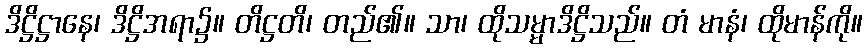
ဒိဋ္ဌိဋ္ဌာနေ၊ ဒိဋ္ဌိအရာ၌။ တိဋ္ဌတိ၊ တည်၏။ သာ၊ ထိုသမ္မာဒိဋ္ဌိသည်။ တံ မာနံ၊ ထိုမာန်ကို။